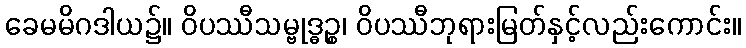
ခေမမိဂဒါယ၌။ ဝိပဿီသမ္ဗုဒ္ဓဉ္စ၊ ဝိပဿီဘုရားမြတ်နှင့်လည်းကောင်း။